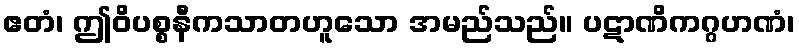
ဧတံ၊ ဤဝိပစ္စနီကသာတဟူသော အမည်သည်။ ပဋာဏိကဂ္ဂဟဏံ၊